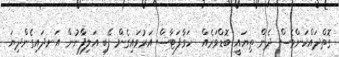
ގޮތްދައްކަންވެސް ދެން ތިޔައީ ބޮޑްވަރެއް  ހަވާފަޓާސް އަރުވައިގެން ފޭބި އަލިފާނުން އަނދައިގެންދިޔަ